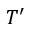
T ^ { \prime }